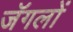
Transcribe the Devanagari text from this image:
जॅगलों